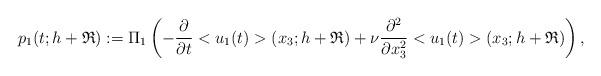
LaTeX: \begin{align*}p_1(t;h+\mathfrak{R}):=\Pi_1\left(-\frac{\partial}{\partial t}<u_1(t)>(x_3;h+\mathfrak{R})+\nu\frac{\partial^2}{\partial x_3^2}<u_1(t)>(x_3;h+\mathfrak{R})\right),\end{align*}